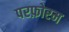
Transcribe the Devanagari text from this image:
परफ़ोरम